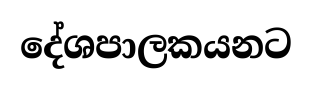
දේශපාලකයනට